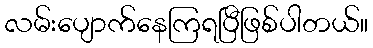
လမ်းပျောက်နေကြရပြီဖြစ်ပါတယ်။